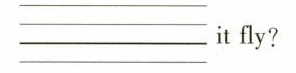
___it fly?